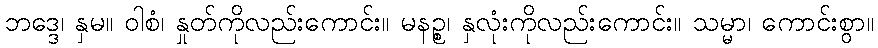
ဘဒ္ဒေ၊ နှမ။ ဝါစံ၊ နှုတ်ကိုလည်းကောင်း။ မနဉ္စ၊ နှလုံးကိုလည်းကောင်း။ သမ္မာ၊ ကောင်းစွာ။